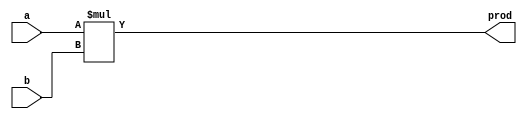
module Signed_mult #(parameter WL=15)(
    input signed [WL-1:0] a,
    input signed [WL-1:0] b,
    output signed [2*WL-1:0] prod
    );
    
    assign  prod = a*b;
endmodule